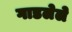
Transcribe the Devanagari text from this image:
गाडलेले